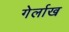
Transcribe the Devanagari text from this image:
गेर्लाख